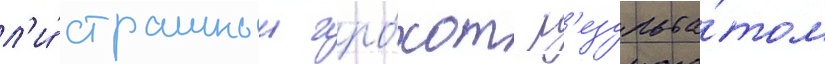
л'и́ страшныи гро́хот р'езульта́том